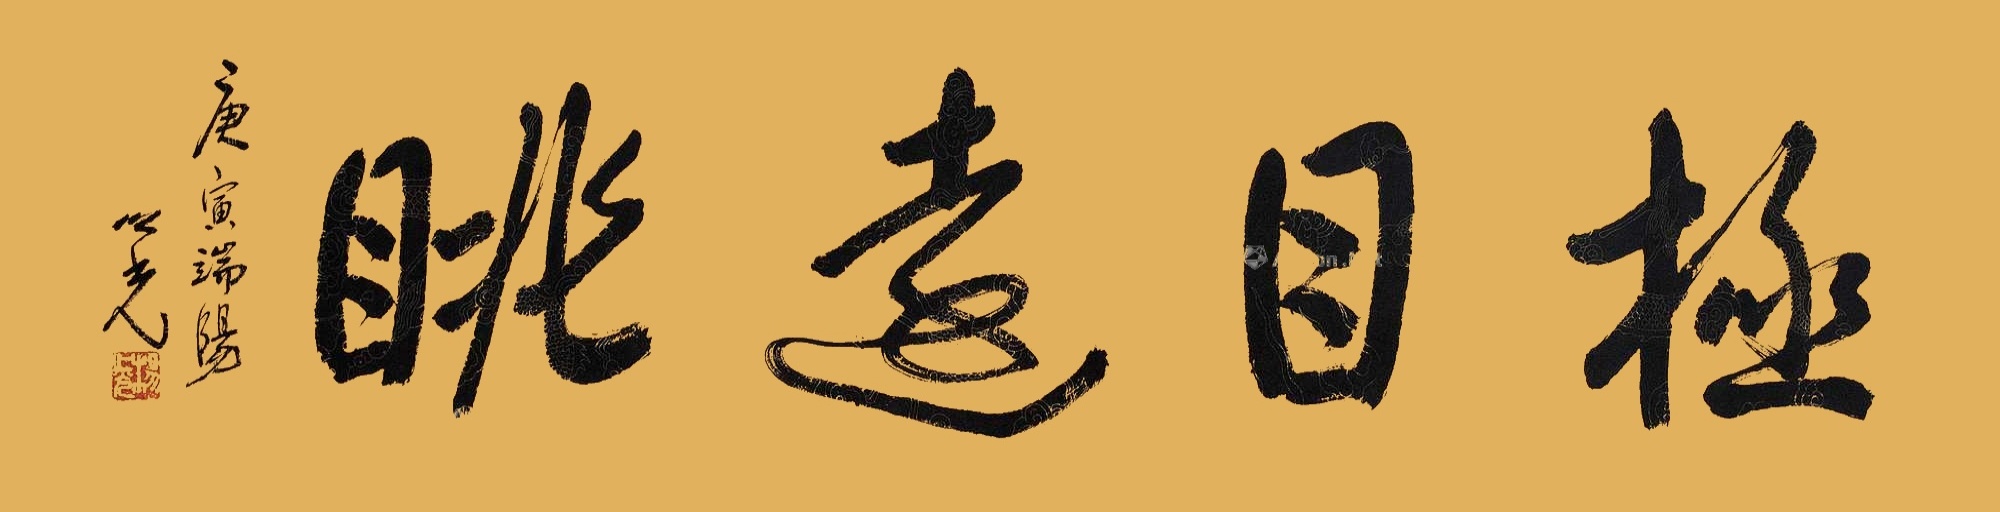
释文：极目远眺庚寅端阳 之光